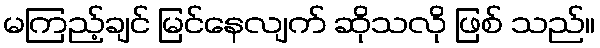
မကြည့်ချင် မြင်နေလျက် ဆိုသလို ဖြစ် သည်။